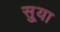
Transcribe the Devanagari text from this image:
सु्या